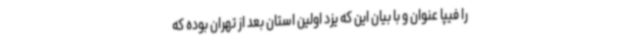
را فیپا عنوان و با بیان این که یزد اولین استان بعد از تهران بوده که